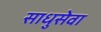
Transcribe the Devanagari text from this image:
साधुसेवा